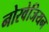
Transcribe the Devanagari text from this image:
नोरवेजियन